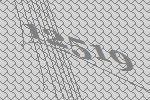
12519